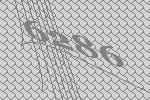
6286